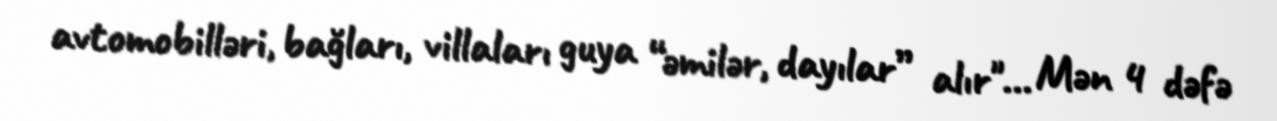
avtomobilləri, bağları, villaları guya “əmilər, dayılar” alır"... Mən 4 dəfə